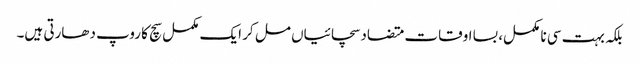
بلکہ بہت سی نا مکمل، بسا اوقات متضاد سچائیاں مل کر ایک مکمل سچ کا روپ دھارتی ہیں۔